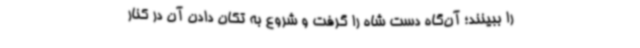
را ببینند؛ آن‌گاه دست‌ شاه را گرفت و شروع به تکان دادن آن در کنار